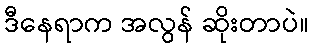
ဒီနေရာက အလွန် ဆိုးတာပဲ။